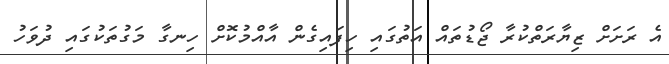
އެ ރަށަށް ޒިޔާރަތްކުރާ ޖޯޑުތައް އަތުގައި ހިފައިގެން އާއްމުކޮށް ހިނގާ މަގުތަކުގައި ދުވަހު